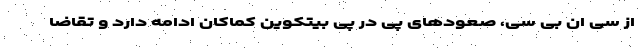
از سی ان بی سی، صعودهای پی در پی بیتکوین کماکان ادامه دارد و تقاضا